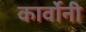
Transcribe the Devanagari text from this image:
कार्वोनी